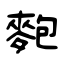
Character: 麭